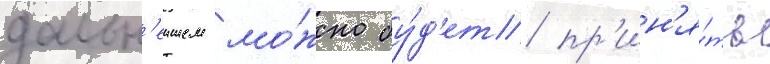
дальн'еишем мо́жно бу́д'ет пр'ин'я́ть